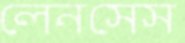
লেনসেস